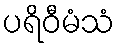
ပရိဝီမံသံ